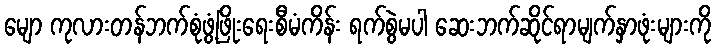
မျော ကုလားတန်ဘက်စုံဖွံ့ဖြိုးရေးစီမံကိန်း ရက်စွဲမပါ ဆေးဘက်ဆိုင်ရာမျက်နှာဖုံးများကို